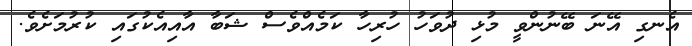
އެނގި އޭނަ ބޭނުންވީ މުޅި ދުވަހު ހުރިހާ ކަމެއްވެސް ޝަބާ އާއިއެކުގައި ކުރުމަށެވެ.